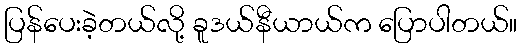
ပြန်ပေးခဲ့တယ်လို့ ခူဒယ်နီယာယ်က ပြောပါတယ်။